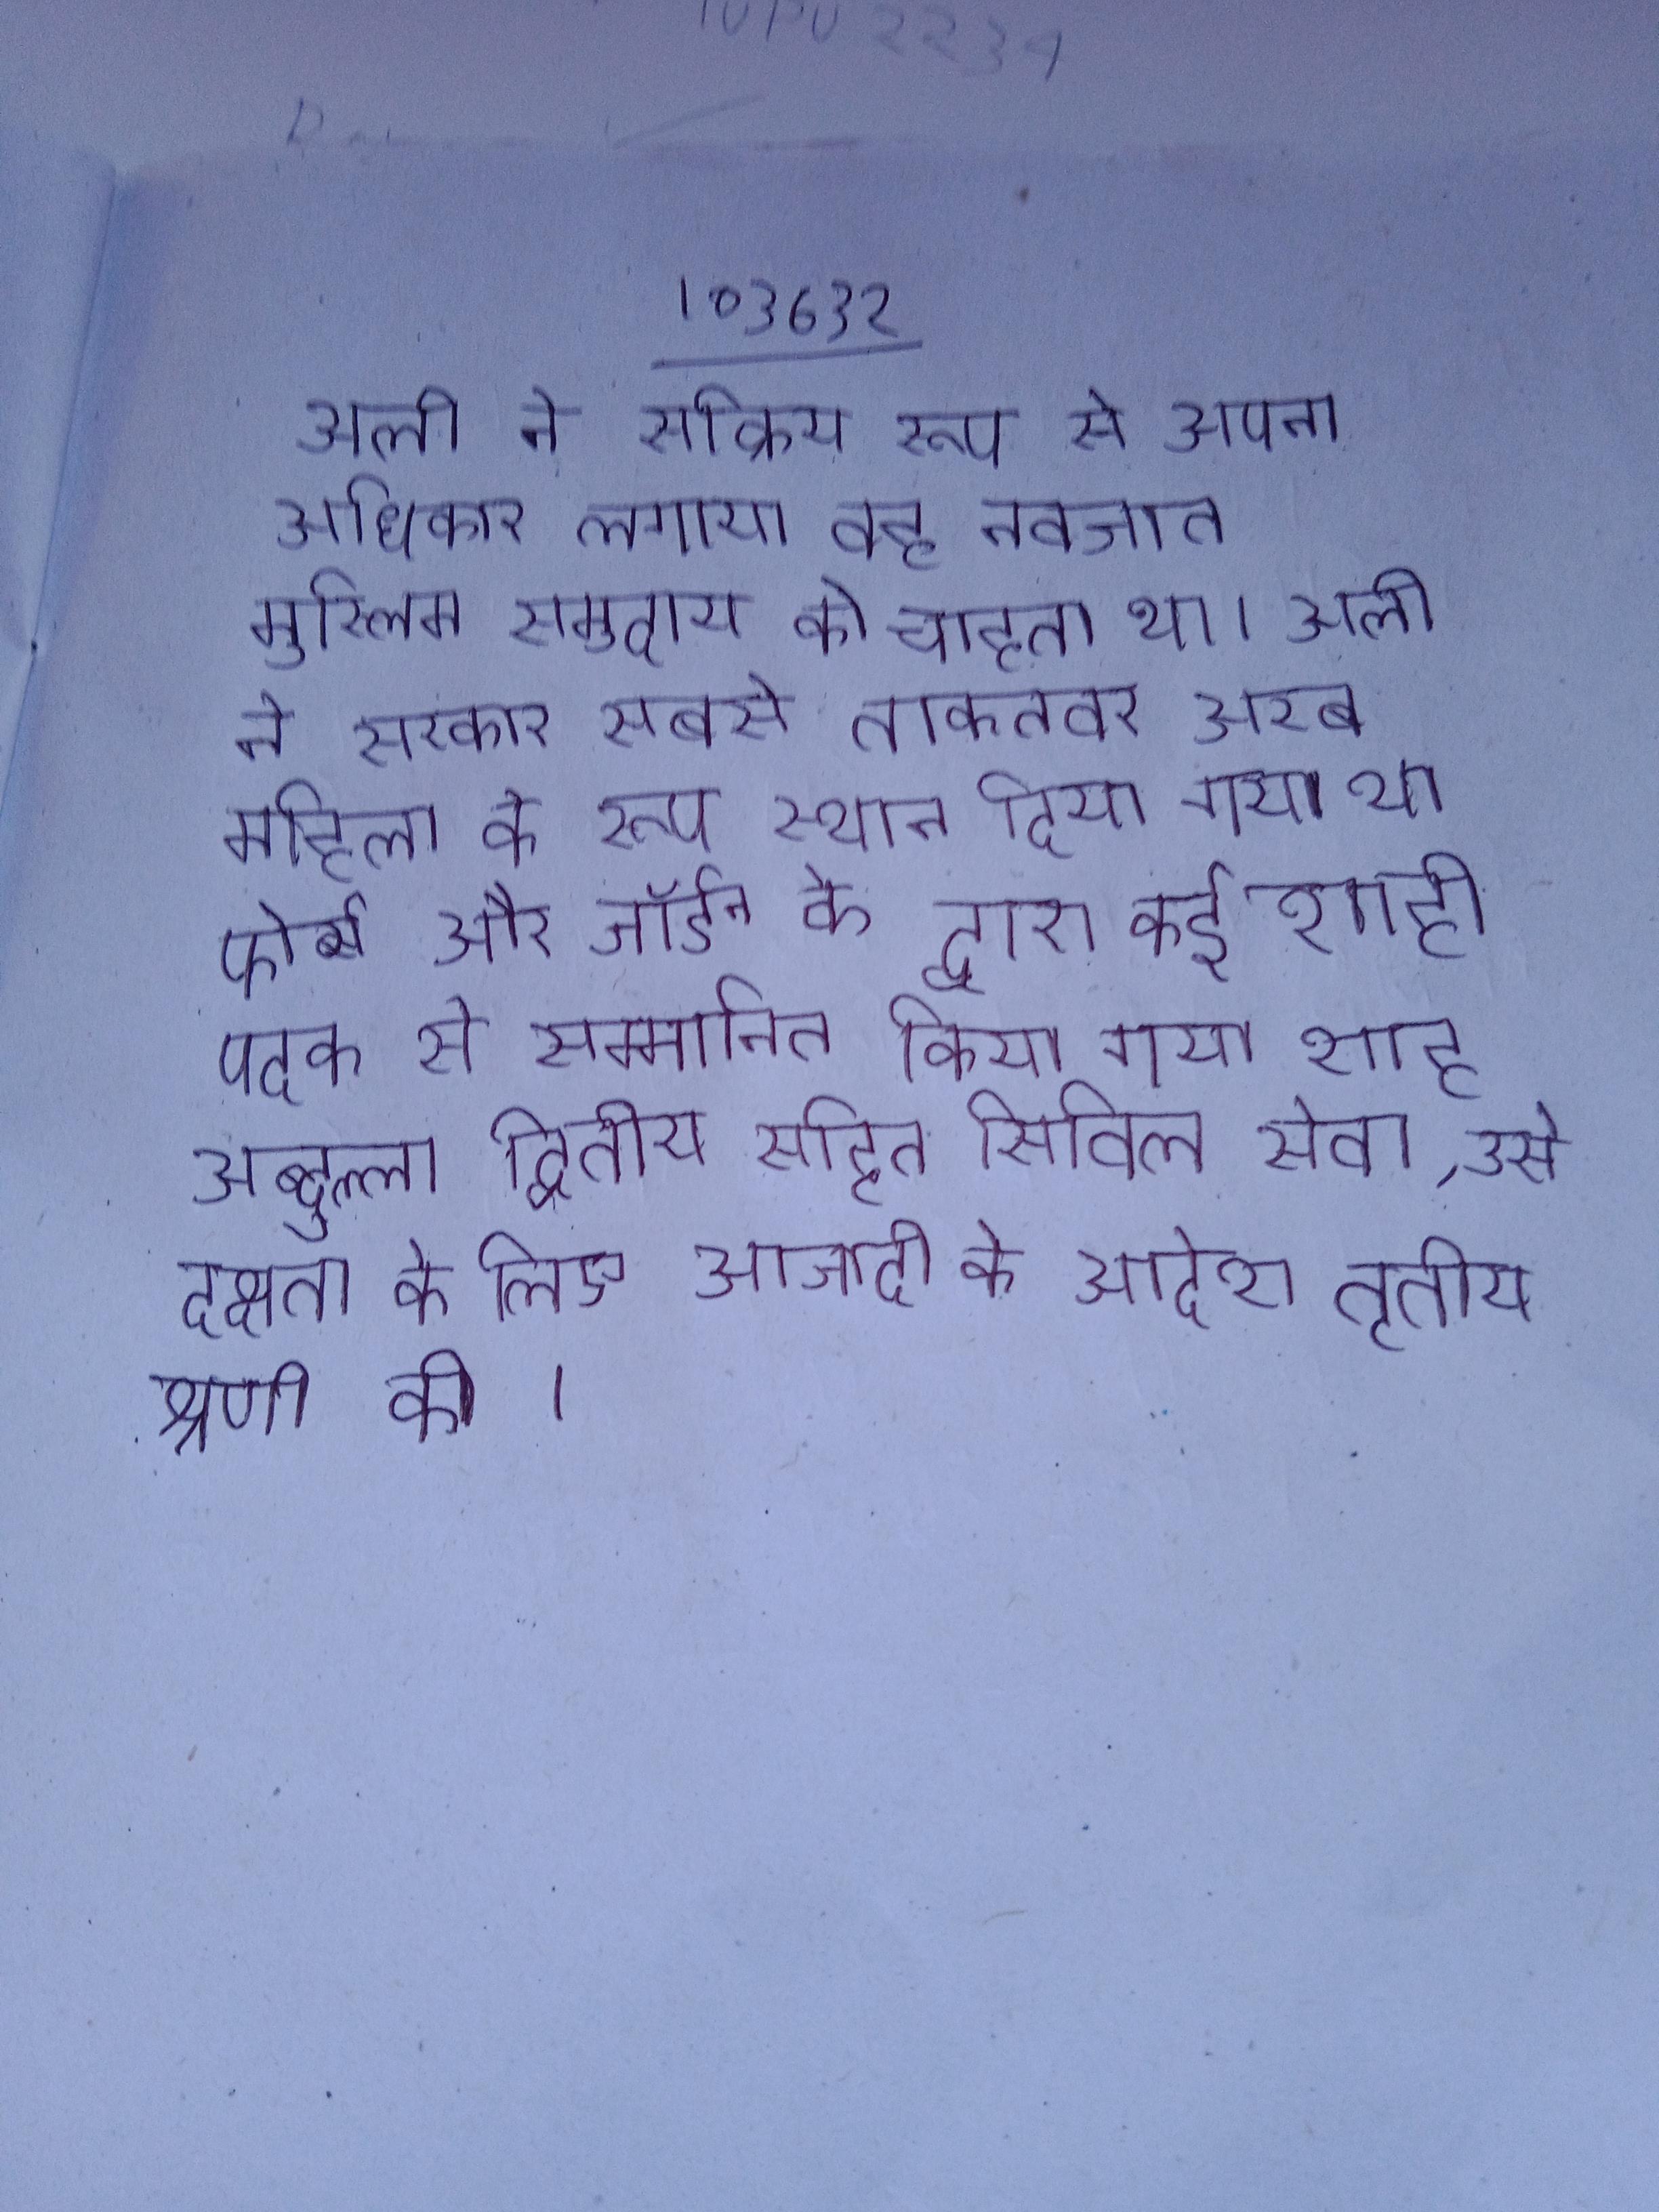
अली ने सक्रिय रूप से अपना अधिकार लगाया वह नवजात मुस्लिम समुदाय को चाहता था । अली ने सरकार सबसे ताकतवर अरब महिला के रूप स्थान दिया गया था फोर्ब्स और जॉर्डन के द्वारा कई शाही पदक से सम्मानित किया गया शाह अब्दुल्ला द्वितीय सहित सिविल सेवा, उसे दक्षता के लिए आजादी के आदेश तृतीय श्रेणी की ।